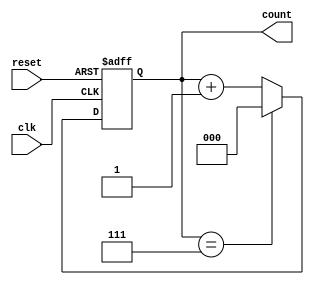
module mod_n_async_counter #(parameter N = 8) (
    input wire clk,           // Clock input
    input wire reset,         // Asynchronous reset input
    output reg [WIDTH-1:0] count  // Current count output
);

// Calculate the number of bits required to represent the count
localparam WIDTH = $clog2(N);

always @(posedge clk or posedge reset) begin
    if (reset) begin
        count <= 0; // Reset the counter to 0
    end else begin
        if (count == N - 1) begin
            count <= 0; // Wrap around to 0 after reaching N-1
        end else begin
            count <= count + 1; // Increment the counter
        end
    end
end

endmodule